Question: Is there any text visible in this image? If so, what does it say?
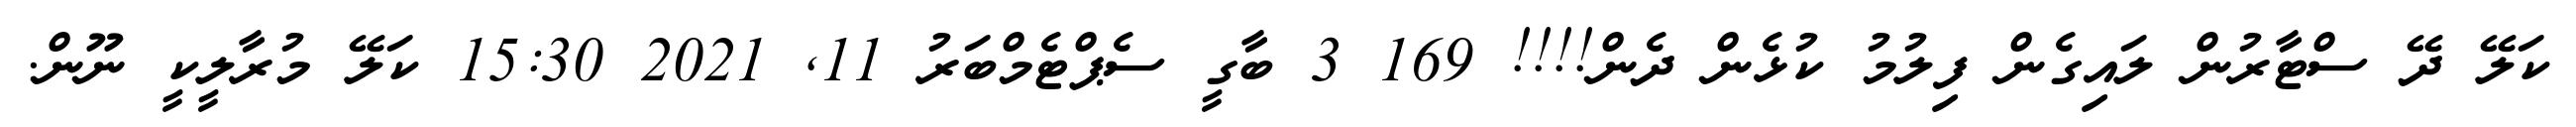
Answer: ކަލޭ ދޭ ސްޓާރުން ލައިގެން ފިލުމު ކުޅެން ދެން!!!! 169 3 ބާގީ ސެޕްޓެމްބަރު 11, 2021 15:30 ކަލޭ މުރާލީކީ ނޫން.